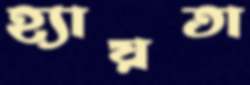
হ্যায়তা